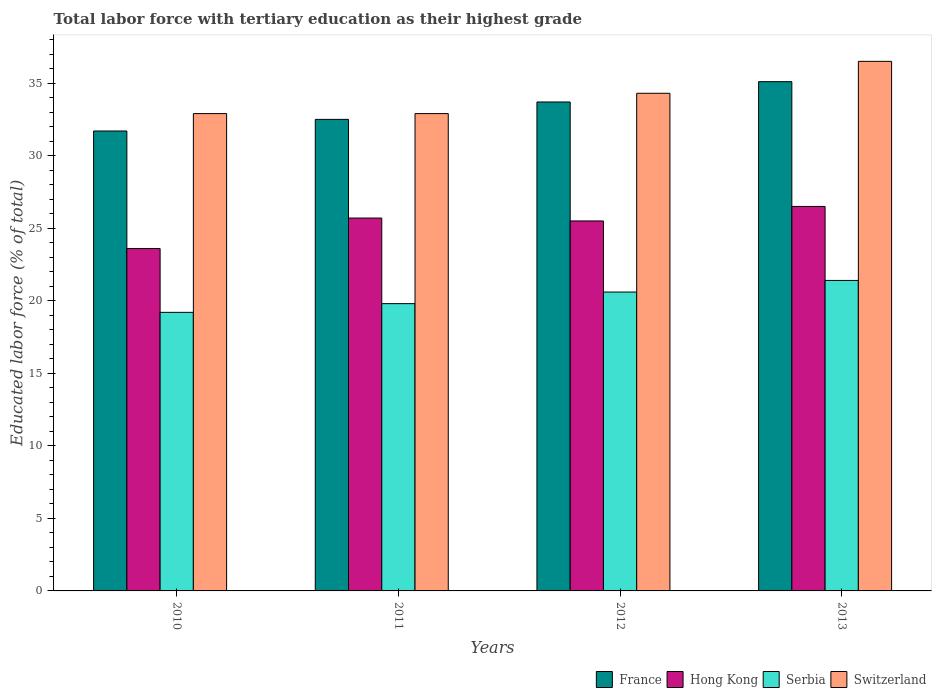
| Years | France | Hong Kong | Serbia | Switzerland |
 | --- | --- | --- | --- | --- |
 | 2010 | 31.7 | 23.6 | 19.2 | 32.9 |
 | 2011 | 32.5 | 25.7 | 19.8 | 32.9 |
 | 2012 | 33.7 | 25.5 | 20.6 | 34.3 |
 | 2013 | 35.1 | 26.5 | 21.4 | 36.5 |